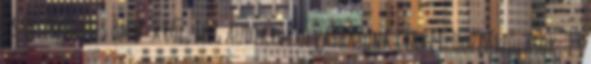
csak tökéletes BMW-kről, meg Audikról olvashatunk cikket. Hozzászólások: 13